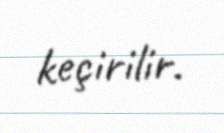
keçirilir.